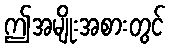
ဤအမျိုးအစားတွင်